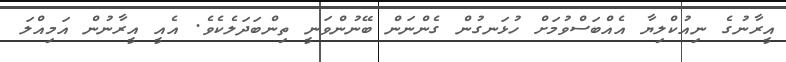
އީރާނުގެ ނިއުކްލިޔާ އެއްބަސްވުމަށް ހުޅަނގުން ގެންނަން ބޭނުންވަނީ ތިންބަދަލެކެވެ. އެއީ އީރާނުން އަމިއްލަ